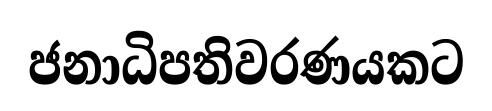
ජනාධිපතිවරණයකට